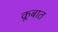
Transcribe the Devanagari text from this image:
क्लबात